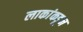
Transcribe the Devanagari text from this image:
लाकांकडून